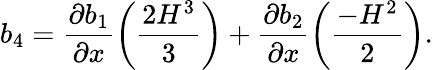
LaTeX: b_{4}=\frac{\partial b_{1}}{\partial x}\bigg(\frac{2H^{3}}{3}\bigg)+\frac{\partial b_{2}}{\partial x}\bigg(\frac{-H^{2}}{2}\bigg).